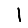
Digit: 1